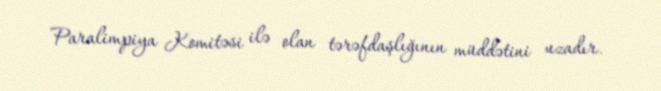
Paralimpiya Komitəsi ilə olan tərəfdaşlığının müddətini uzadır.